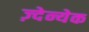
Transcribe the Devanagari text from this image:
ज़्देन्येक